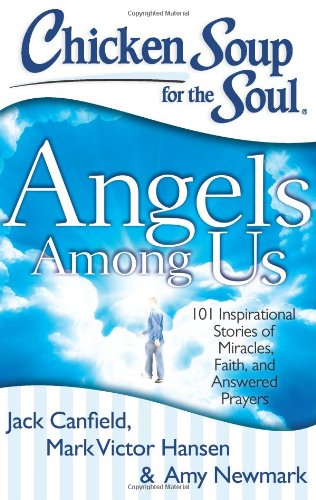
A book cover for Chicken Soup for the Soul: Angels Among Us: 101 Inspirational Stories of Miracles, Faith, and Answered Prayers; Jack Canfield; Christian Books & Bibles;